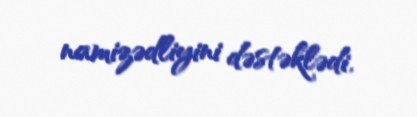
namizədliyini dəstəklədi.